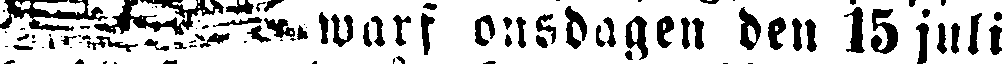
warf onsdagen den 15 juli